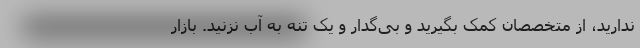
ندارید، از متخصصان کمک بگیرید و بی‌گدار و یک تنه به آب نزنید. بازار